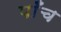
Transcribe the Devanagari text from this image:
पाँँच